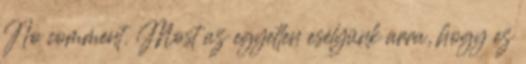
No comment. Most az egyetlen esélyünk arra, hogy ez